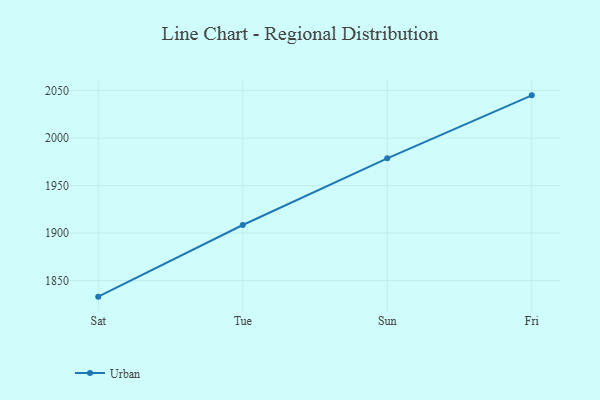
{"axis": {"x": "Day", "y": "Demand Index"}, "legend": ["Urban"], "data": [{"x": "Sat", "y": 1833.1, "type": "Urban"}, {"x": "Tue", "y": 1908.5, "type": "Urban"}, {"x": "Sun", "y": 1978.7, "type": "Urban"}, {"x": "Fri", "y": 2045.0, "type": "Urban"}]}